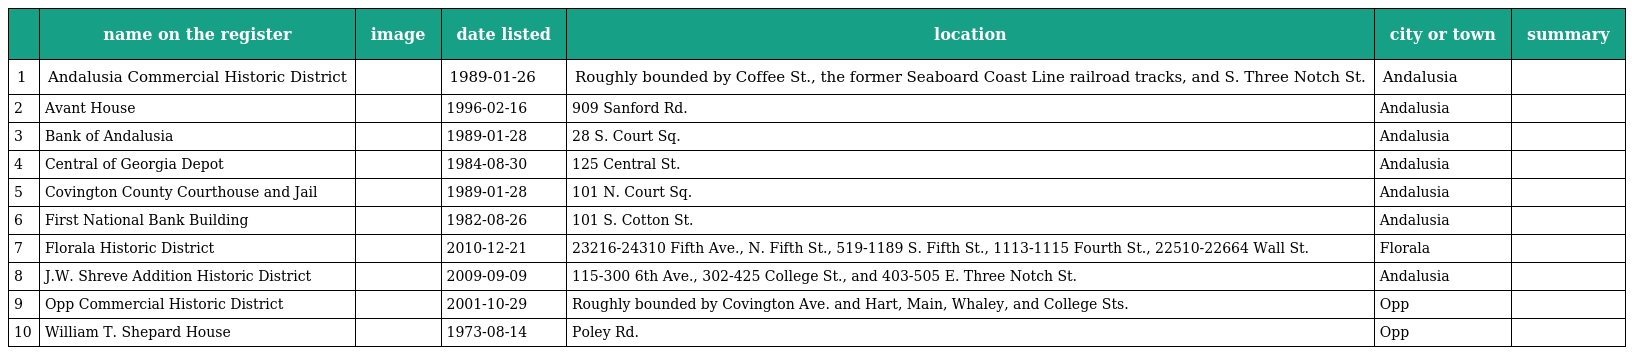
|  | name on the register | image | date listed | location | city or town | summary |
 | --- | --- | --- | --- | --- | --- | --- |
 | 1 | Andalusia Commercial Historic District |  | 1989-01-26 | Roughly bounded by Coffee St., the former Seaboard Coast Line railroad tracks, and S. Three Notch St. | Andalusia |  |
 | 2 | Avant House |  | 1996-02-16 | 909 Sanford Rd. | Andalusia |  |
 | 3 | Bank of Andalusia |  | 1989-01-28 | 28 S. Court Sq. | Andalusia |  |
 | 4 | Central of Georgia Depot |  | 1984-08-30 | 125 Central St. | Andalusia |  |
 | 5 | Covington County Courthouse and Jail |  | 1989-01-28 | 101 N. Court Sq. | Andalusia |  |
 | 6 | First National Bank Building |  | 1982-08-26 | 101 S. Cotton St. | Andalusia |  |
 | 7 | Florala Historic District |  | 2010-12-21 | 23216-24310 Fifth Ave., N. Fifth St., 519-1189 S. Fifth St., 1113-1115 Fourth St., 22510-22664 Wall St. | Florala |  |
 | 8 | J.W. Shreve Addition Historic District |  | 2009-09-09 | 115-300 6th Ave., 302-425 College St., and 403-505 E. Three Notch St. | Andalusia |  |
 | 9 | Opp Commercial Historic District |  | 2001-10-29 | Roughly bounded by Covington Ave. and Hart, Main, Whaley, and College Sts. | Opp |  |
 | 10 | William T. Shepard House |  | 1973-08-14 | Poley Rd. | Opp |  |